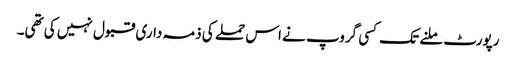
رپورٹ ملنے تک کسی گروپ نے اس حملے کی ذمہ داری قبول نہیں کی تھی۔